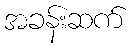
အခန်းဆက်